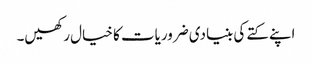
اپنے کتے کی بنیادی ضروریات کا خیال رکھیں۔